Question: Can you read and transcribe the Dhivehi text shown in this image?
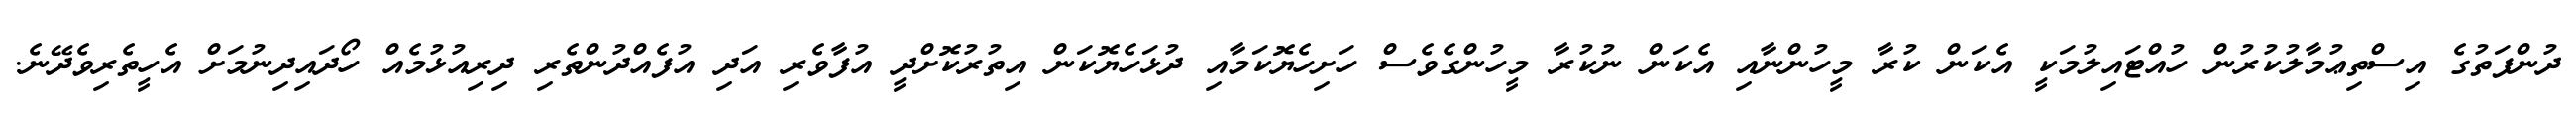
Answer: ދުންފަތުގެ އިސްތިޢުމާލުކުރުން ހުއްޓައިލުމަކީ އެކަން ކުރާ މީހުންނާއި އެކަން ނުކުރާ މީހުންގެވެސް ހަށިހެޔޮކަމާއި ދުޅަހެޔޮކަން އިތުރުކޮށްދީ އުފާވެރި އަދި އުފެއްދުންތެރި ދިރިއުޅުމެއް ހޯދައިދިނުމަށް އެހީތެރިވެދޭނެ.